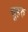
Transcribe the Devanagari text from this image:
चूहरु